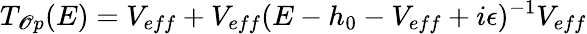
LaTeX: T_{\mathscr{O}p}(E)=V_{eff}+V_{eff}(E-h_{0}-V_{eff}+i\epsilon)^{-1}V_{eff}